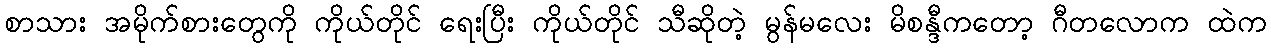
စာသား အမိုက်စားတွေကို ကိုယ်တိုင် ရေးပြီး ကိုယ်တိုင် သီဆိုတဲ့ မွန်မလေး မိစန္ဒီကတော့ ဂီတလောက ထဲက